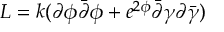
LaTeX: L = k ( \partial \phi \bar { \partial } \phi + e ^ { 2 \phi } \bar { \partial } \gamma \partial \bar { \gamma } )